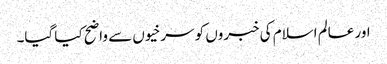
اور عالم اسلام کی خبروں کو سرخیوں سے واضح کیا گیا۔